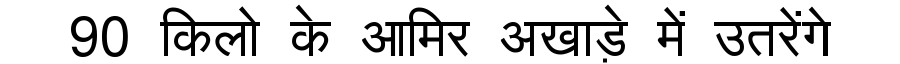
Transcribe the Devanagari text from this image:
90 किलो के आमिर अखाड़े में उतरेंगे